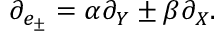
\partial _ { e _ { \pm } } = \alpha \partial _ { Y } \pm \beta \partial _ { X } .